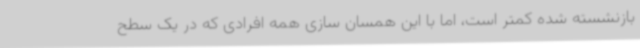
بازنشسته شده کمتر است، اما با این همسان سازی همه افرادی که در یک سطح